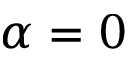
\alpha = 0